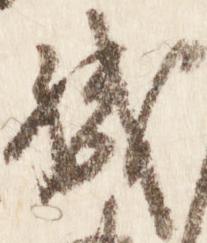
職